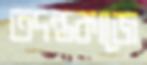
তদন্তকাজে